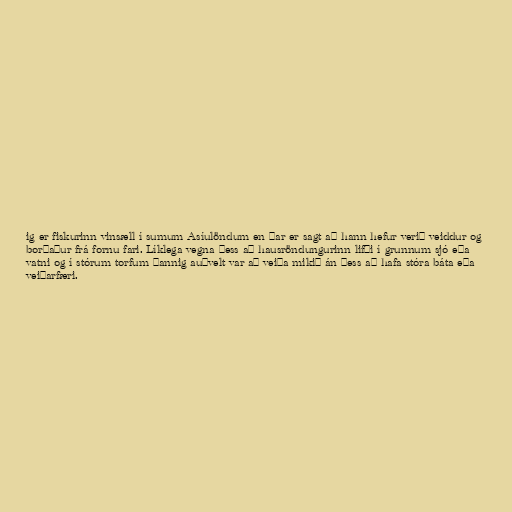
ig er fiskurinn vinsæll í sumum Asíulöndum en þar er sagt að hann hefur verið veiddur og
borðaður frá fornu fari. Líklega vegna þess að hausröndungurinn lifði í grunnum sjó eða
vatni og í stórum torfum þannig auðvelt var að veiða mikið án þess að hafa stóra báta eða
veiðarfæri.